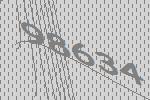
98634